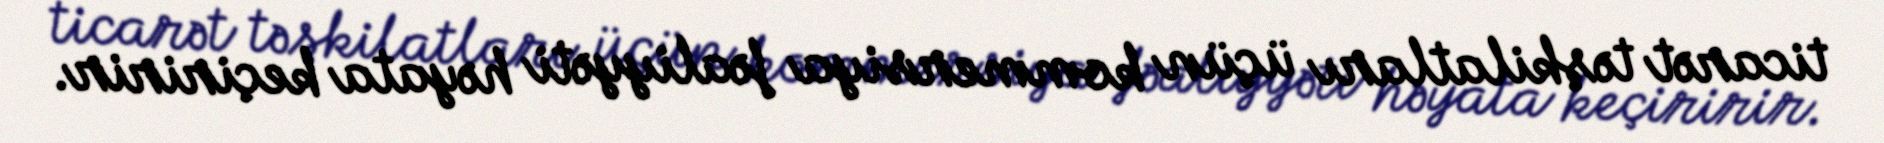
ticarət təşkilatları üçün kommersiya fəaliyyəti həyata keçiririr.